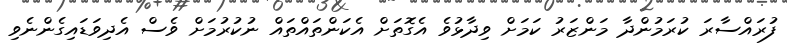
ފުރައްސާރަ ކުރަމުންދާ މަންޒަރު ކަމަށް ވިދާޅުވެ އެގޮތަށް އެކަންތައްތައް ނުކުރުމަށް ވެސް އެދިވަޑައިގެންނެވި